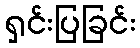
ရှင်းပြခြင်း